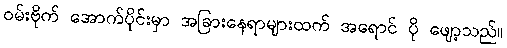
ဝမ်းဗိုက် အောက်ပိုင်းမှာ အခြားနေရာများထက် အရောင် ပို ဖျော့သည်။